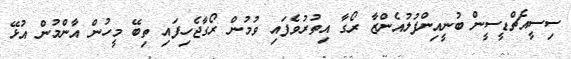
ސިސީއެޗްޑީސީން ބުނީއިންފުލުއެންޒާ ރޯގާ އިތުރުވެފައި ވުމުން ރޯގާޖެހިފައި ތިބޭ މީހުން އާންމުން އުޅޭ